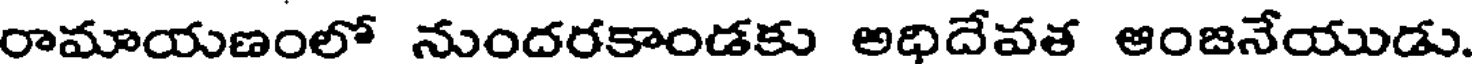
రామాయణంలో నుందరకాండకు అధిదేవత ఆంజనేయుడు.